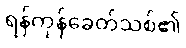
ရန်ကုန်ခေတ်သစ်၏